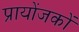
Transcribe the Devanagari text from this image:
प्रायोंजकों